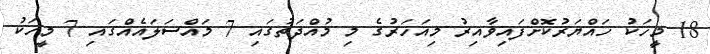
18 މީހަކު ހައްޔަރުކޮށްފައިވާއިރު މިއަހަރުގެ މި މުއްދަތުގައި 7 މައްސަލައެއްގައި 7 މީހަކު